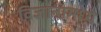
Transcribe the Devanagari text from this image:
विज्ञानामध्ये